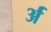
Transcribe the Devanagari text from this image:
र्अ